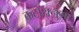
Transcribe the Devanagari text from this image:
कटोरानुमा